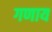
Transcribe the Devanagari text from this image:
गणाय